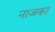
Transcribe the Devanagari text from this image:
नाजका